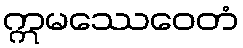
ဣမဿေဝေတံ